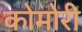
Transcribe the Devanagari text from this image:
कोमोरी